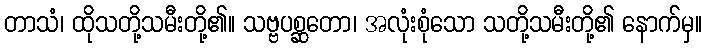
တာသံ၊ ထိုသတို့သမီးတို့၏။ သဗ္ဗပစ္ဆတော၊ အလုံးစုံသော သတို့သမီးတို့၏ နောက်မှ။